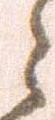
々